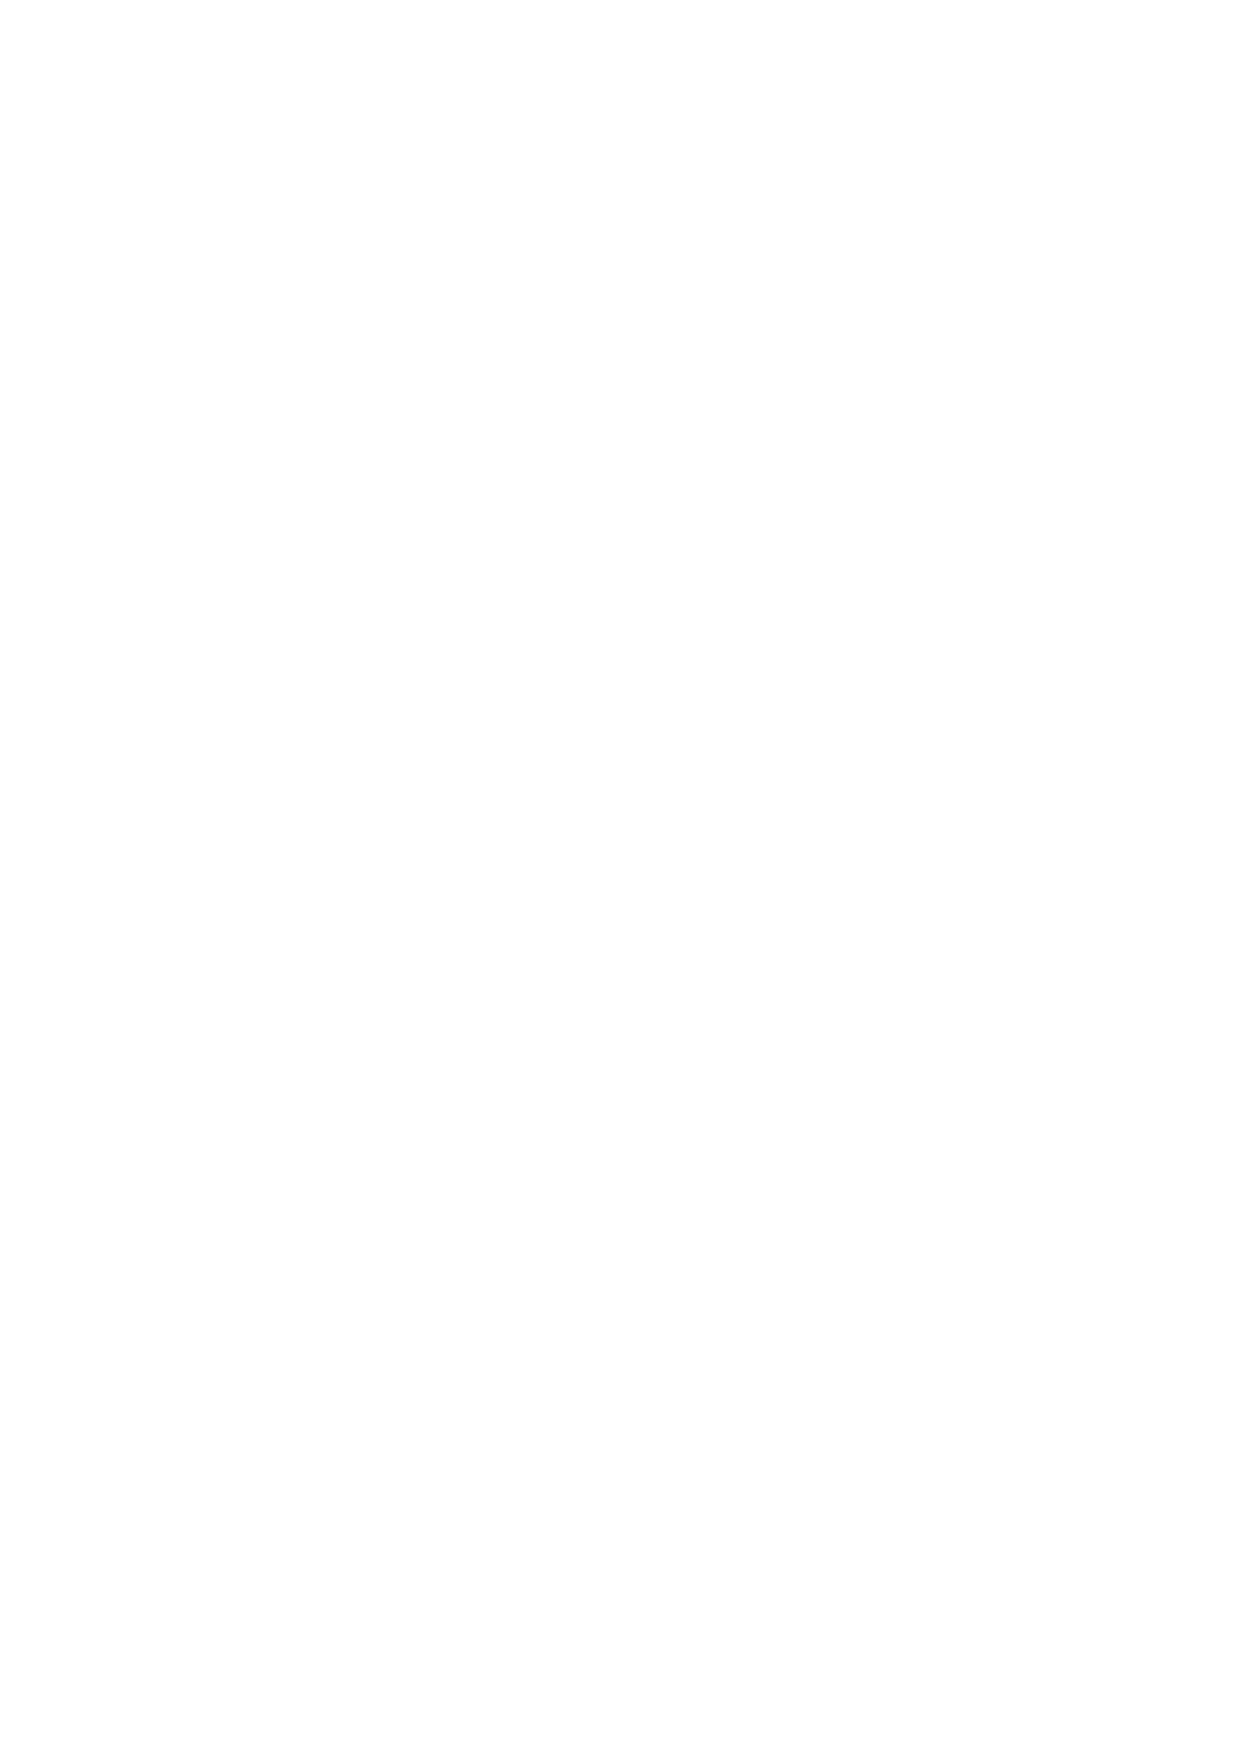
8.7 PandaStocks will accept orders placed in any market during the hours in which PandaStocks offers a
 Quote in said market. However, no Stops or of orders any kind in any market will be executed outside of
 the PandaStocks quoting hours for that market except by agreement with PandaStocks. Upon the
 opening of any market quoted by PandaStocks any currently actionable Stop, Limit or New Order will be
 filled at the first Quote for the relevant market that PandaStocks is reasonably able to obtain with
 reference to the Underlying Market and the size of the order in question.
 8.8 It is your responsibility to cancel any order that you no longer require. Any uncancelled order placed by
 you may be filled by PandaStocks and may therefore cause losses to which you will be liable. In the case
 of Stop Loss orders if the related Transaction is closed by you the Stop Loss order will be deemed
 automatically cancelled. If the underlying Stop Loss on any open Position was actionable before you
 closed the open Position, PandaStocks may at its sole discretion adjust the closing price of your trade to
 reflect the Stop Loss price.
 8.9 An order will be executed when the PandaStocks Quote reaches the price specified in your order or
 trades through the price specified. All Quotes are based upon an Underlying Market that is sourced
 from either a recognised global exchange (LSE, NYSE, LIFFE etc.) or from a wholesale counterparty (a
 quoting bank or market maker). Our Quote may be higher or lower than the Underlying Market due to
 interest rate costs, dividends, scrip issues, stock splits, competitors' quotes or the weight of client
 business. The understanding of the definition of Our Quote is very important for the correct operation
 of your account. If you do not understand any part of its description we strongly recommend that you
 contact PandaStocks for an explanation.
 8.10 PandaStocks is not obliged to inform you if an order is filled. It is solely your responsibility to ensure
 that you know at all times as to whether any order has been filled or is still active and if you are in any
 doubt whatsoever as to deal acceptance it is your sole responsibility to contact PandaStocks
 immediately, in the first instance by telephone, in order to obtain clarification asto the validity of any
 Transaction.
 8.11 Once a Stop, Limit or New Order level is reached PandaStocks may at its sole discretion allow a client to
 amend this order before it has been actioned by PandaStocks. Although, receipt of any confirmation of
 an order amendment is not binding on PandaStocks may at its sole discretion decide to execute the
 original order if the activation of that order occurred before the amendment was made. PandaStocks
 shall not be liable for any Positions generated by clients' assumption of non-activation of a fairly
 executed order.
 8.12 Unless otherwise stipulated, no orders are guaranteed and are subject to Gapping (which is detailed
 below at 8.14).
 8.13 If a New Order is subject to Gapping (see 8.14) on activation and the order is actioned at a price that
 would also have activated any associated Limit or Stop orders, then the Position will immediately be
 closed with a loss to the client of the prevailing PandaStocks quoted spread for that market.
 8.14 In this Agreement "Gapping" refers to an occurrence whereby the market moves from one quoted price
 and that this second quote is significantly different to the first. Where such an event happens and where
 12
 v.1